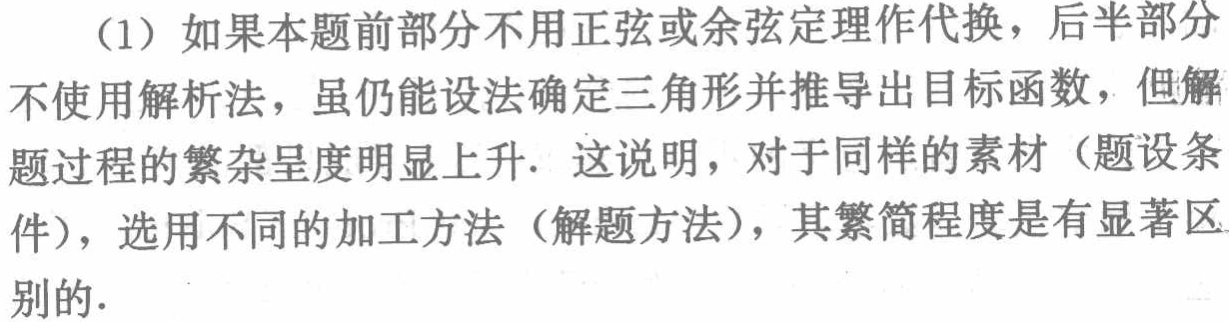
（1）如果本题前部分不用正弦或余弦定理作代换，后半部分不使用解析法，虽仍能设法确定三角形并推导出目标函数，但解题过程的繁杂呈度明显上升. 这说明，对于同样的素材（题设条件），选用不同的加工方法（解题方法），其繁简程度是有显著区别的.